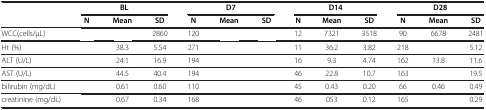
<table><thead><tr><td>[EMPTY_CELL]</td><td colspan="3"><b>BL</b></td><td colspan="3"><b>D7</b></td><td colspan="3"><b>D14</b></td><td colspan="3"><b>D28</b></td></tr><tr><td>[EMPTY_CELL]</td><td><b>N</b></td><td><b>Mean</b></td><td><b>SD</b></td><td><b>N</b></td><td><b>Mean</b></td><td><b>SD</b></td><td><b>N</b></td><td><b>Mean</b></td><td><b>SD</b></td><td><b>N</b></td><td><b>Mean</b></td><td><b>SD</b></td></tr></thead><tbody><tr><td>WCC(cells/μL)</td><td>[EMPTY_CELL]</td><td>[EMPTY_CELL]</td><td>2860</td><td>120</td><td>[EMPTY_CELL]</td><td>[EMPTY_CELL]</td><td>12</td><td>7321</td><td>3518</td><td>90</td><td>6678</td><td>2481</td></tr><tr><td>Ht (%)</td><td>[EMPTY_CELL]</td><td>38.3</td><td>5.54</td><td>271</td><td>[EMPTY_CELL]</td><td>[EMPTY_CELL]</td><td>11</td><td>36.2</td><td>3.82</td><td>218</td><td>[EMPTY_CELL]</td><td>5.12</td></tr><tr><td>ALT (U/L)</td><td>[EMPTY_CELL]</td><td>24.1</td><td>16.9</td><td>194</td><td>[EMPTY_CELL]</td><td>[EMPTY_CELL]</td><td>16</td><td>9.3</td><td>4.74</td><td>162</td><td>13.8</td><td>11.6</td></tr><tr><td>AST (U/L)</td><td>[EMPTY_CELL]</td><td>44.5</td><td>40.4</td><td>194</td><td>[EMPTY_CELL]</td><td>[EMPTY_CELL]</td><td>46</td><td>22.8</td><td>10.7</td><td>163</td><td>[EMPTY_CELL]</td><td>19.5</td></tr><tr><td>bilirubin (mg/dL)</td><td>[EMPTY_CELL]</td><td>0.61</td><td>0.60</td><td>110</td><td>[EMPTY_CELL]</td><td>[EMPTY_CELL]</td><td>45</td><td>0.43</td><td>0.20</td><td>66</td><td>0.46</td><td>0.49</td></tr><tr><td>creatinine (mg/dL)</td><td>[EMPTY_CELL]</td><td>0.67</td><td>0.34</td><td>168</td><td>[EMPTY_CELL]</td><td>[EMPTY_CELL]</td><td>46</td><td>053</td><td>0.12</td><td>165</td><td>[EMPTY_CELL]</td><td>0.29</td></tr></tbody></table>